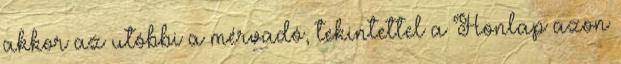
akkor az utóbbi a mérvadó, tekintettel a Honlap azon